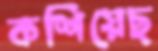
কশিয়েছ